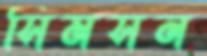
সিমসন